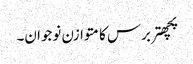
پچھتربرس کا متوازن نوجوان۔